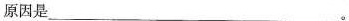
原因是___。